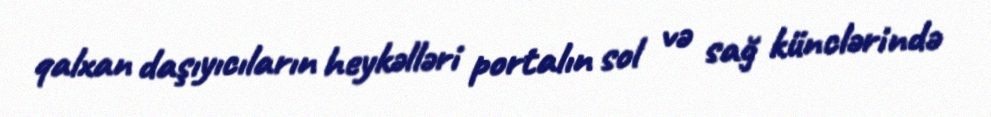
qalxan daşıyıcıların heykəlləri portalın sol və sağ künclərində